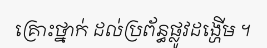
គ្រោះថ្នាក់ ដល់ប្រព័ន្ធផ្លូវដង្ហើម ។